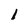
Character: 1